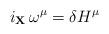
LaTeX: \begin{align*}i_{\bf X} \, \omega^\mu = \delta H^\mu \end{align*}